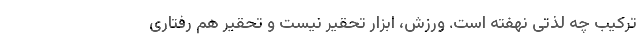
ترکیب چه لذتی نهفته است. ورزش، ابزار تحقیر نیست و تحقیر هم رفتاری